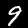
Digit: 9